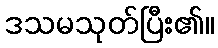
ဒသမသုတ်ပြီး၏။